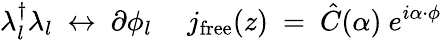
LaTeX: \lambda_{l}^{\dagger}\lambda_{l}~\leftrightarrow~\partial\phi_{l}{}~~~~~j_{\mathrm{free}}(z)~=~{\hat{C}}(\alpha)~e^{i\alpha\cdot\phi}